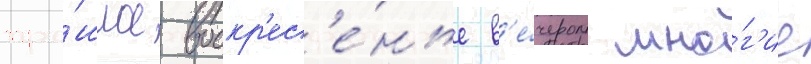
про́шлое воскр'ес'е́нье в'е́чером мно́г'ие